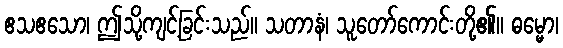
ဧသဧသော၊ ဤသို့ကျင့်ခြင်းသည်။ သတာနံ၊ သူတော်ကောင်းတို့၏။ ဓမ္မော၊